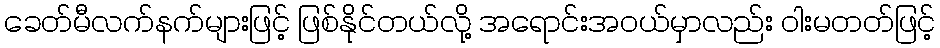
ခေတ်မီလက်နက်များဖြင့် ဖြစ်နိုင်တယ်လို့ အရောင်းအဝယ်မှာလည်း ဝါးမတတ်ဖြင့်